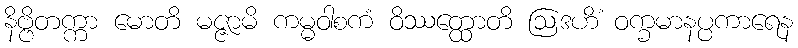
နိဗ္ဗိတက္ကာ မောတိ မဇ္ဇာမိ ကမ္မဝါစကံ ဝိဿတ္ထောတိ ဩဒဟိံ ဝက္ခမာနပ္ပကာရေန